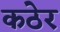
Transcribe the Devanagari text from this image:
कठेर